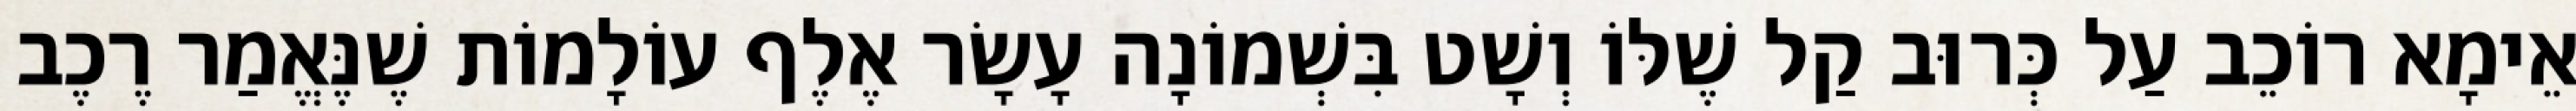
אֵימָא רוֹכֵב עַל כְּרוּב קַל שֶׁלּוֹ וְשָׁט בִּשְׁמוֹנָה עָשָׂר אֶלֶף עוֹלָמוֹת שֶׁנֶּאֱמַר רֶכֶב